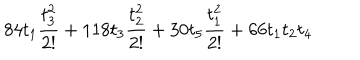
8 4 t _ { 1 } \frac { t _ { 3 } ^ { 2 } } { 2 ! } + 1 1 8 t _ { 3 } \frac { t _ { 2 } ^ { 2 } } { 2 ! } + 3 0 t _ { 5 } \frac { t _ { 1 } ^ { 2 } } { 2 ! } + 6 6 t _ { 1 } t _ { 2 } t _ { 4 }